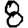
Digit: 8